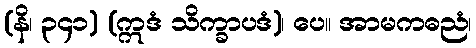
(နိ၊ ၃၄၁) (ဣဒံ သိက္ခာပဒံ)၊ ပေ။ အာမကဓညံ၊